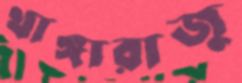
থাঙ্গারাজু